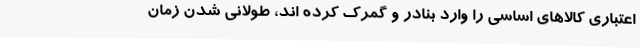
اعتباری کالاهای اساسی را وارد بنادر و گمرک کرده اند، طولانی شدن زمان